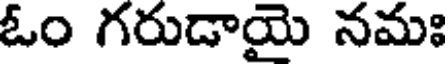
ఓం గరుడాయై నమః